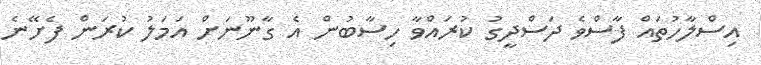
އިސްލާހުތައް ފާސްވެ ދަސްދީގު ކުރައްވާ ހިސާބުން އެ ގާނޫނަށް އަމަލު ކުރަން ފެށޭނެ